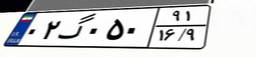
۰۲گ۰۵۰۹۱